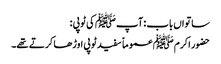
ساتواں باب : آپ ﷺ کی ٹوپی :
حضور اکرم ﷺ عموماً سفید ٹوپی اوڑھا کرتے تھے۔